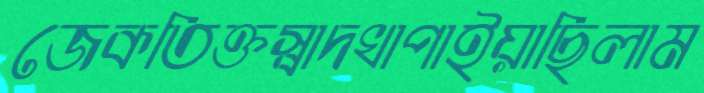
জেকতিক্তস্বাদখাপাইয়াছিলাম